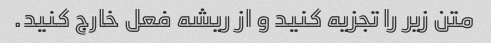
متن زیر را تجزیه کنید و از ریشه فعل خارج کنید.